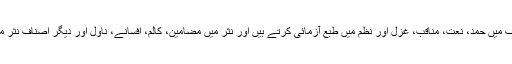
شاعری کی اصناف میں حمد، نعت، مناقب، غزل اور نظم میں طبع آزمائی کرتے ہیں اور نثر میں مضامین، کالم، افسانے، ناول اور دیگر اصناف نثر میں لکھ چکے ہیں۔